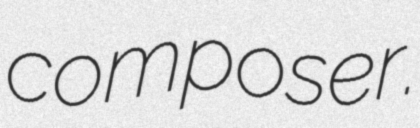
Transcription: composer.